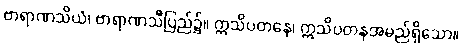
ဗာရာဏသိယံ၊ ဗာရာဏသီပြည်၌။ ဣသိပတနေ၊ ဣသိပတနအမည်ရှိသော။